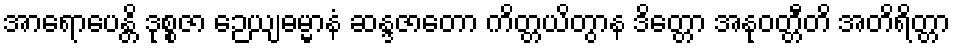
အာရောပေန္တိ ဒုစ္စဇာ ဉေယျဓမ္မာနံ ဆန္ဒဇာတော ကိတ္တယိတွာန ဒိတ္တော အနုဝတ္တီတိ အတိရိတ္တာ